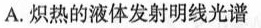
A.炽热的液体发射明线光谱